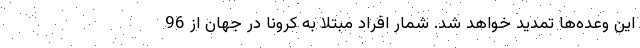
این وعده‌ها تمدید خواهد شد. شمار افراد مبتلا به کرونا در جهان از 96